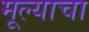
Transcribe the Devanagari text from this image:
मूल्याचा